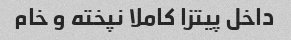
داخل پیتزا کاملا نپخته و خام